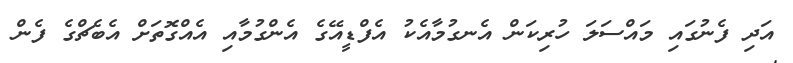
އަދި ފެނުގައި މައްސަލަ ހުރިކަން އެނގުމާއެކު އެފްޑީއޭގެ އެންގުމާއި އެއްގޮތަށް އެބެޗްގެ ފެން